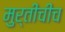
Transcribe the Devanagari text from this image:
मुर्तीचीच